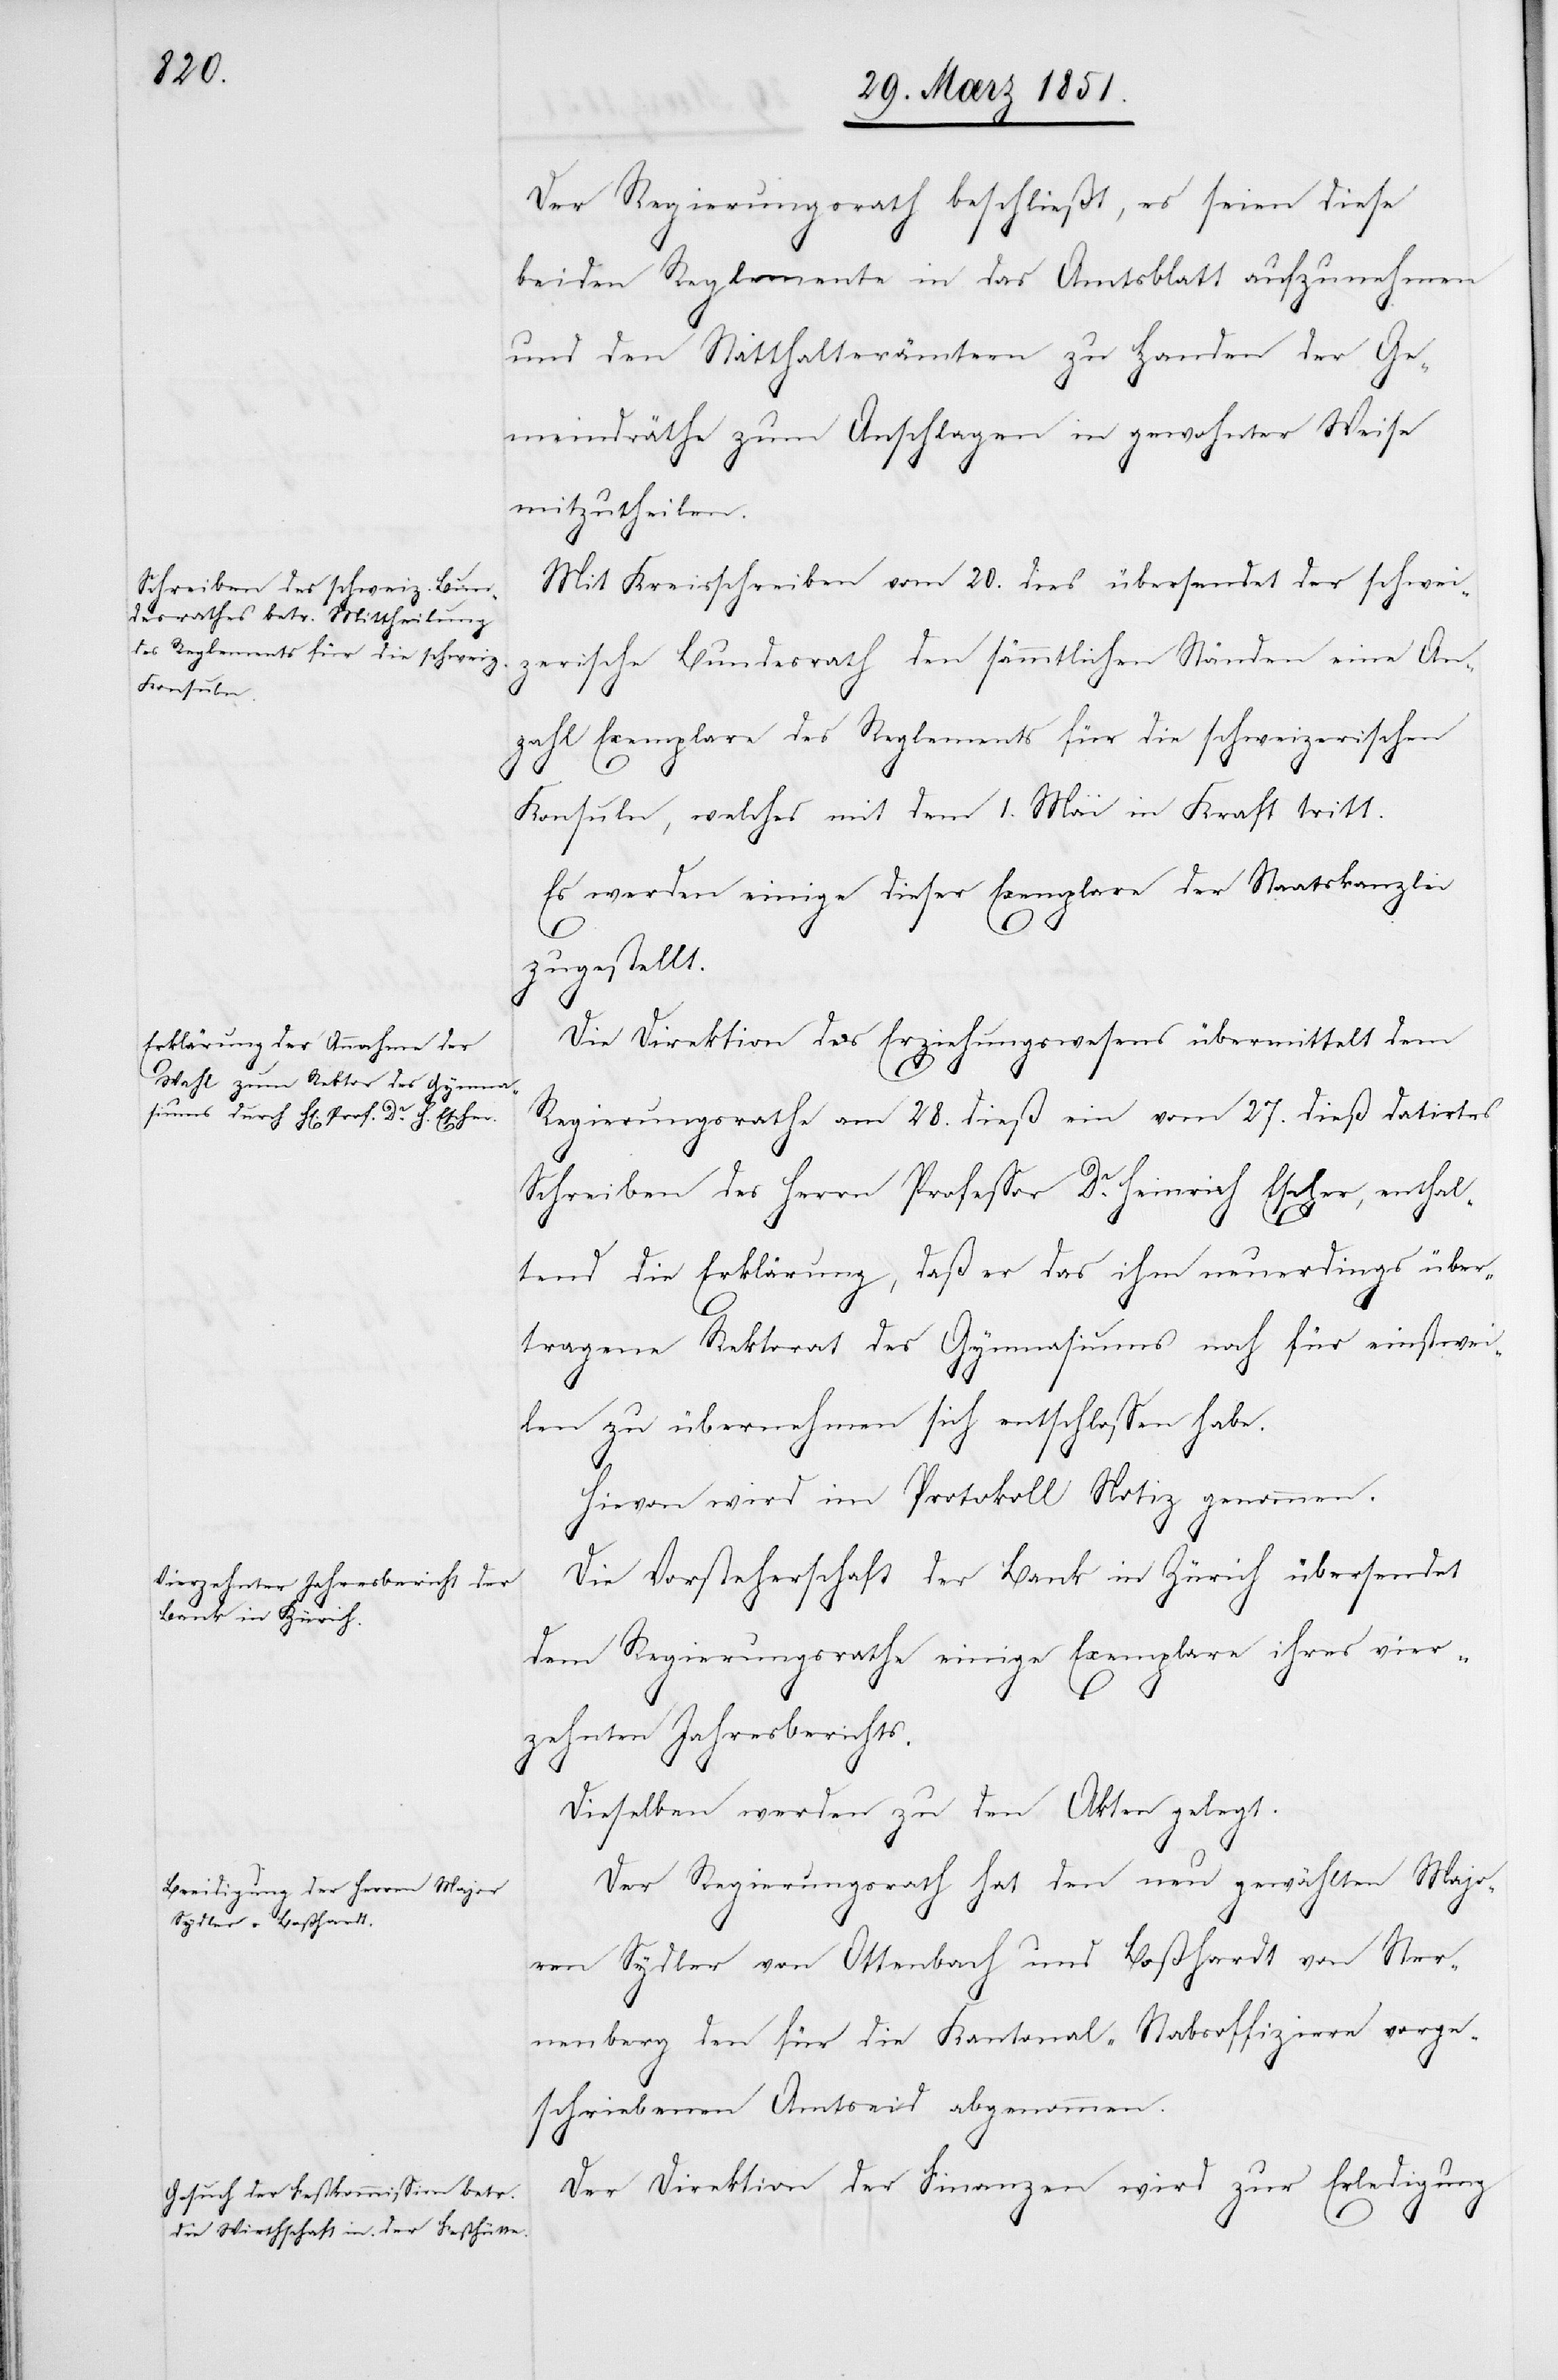
Der Regierungsrath beschließt, es seien diese
beiden Reglemente in das Amtsblatt aufzunehmen
und den Statthalterämtern zu Handen der Ge¬
meindräthe zum Anschlagen in gewohnter Weise
mitzutheilen.
Mit Kreisschreiben vom 20. dies[s] übersendet der schwei¬
zerische Bundesrath den sämmtlichen Ständen eine An¬
zahl Exemplare des Reglements für die schweizerischen
Konsuln, welches mit dem 1. Mai in Kraft tritt.
Es werden einige dieser Exemplare der Staatskanzlei
zugestellt.
Die Direktion des Erziehungswesens übermittelt dem
Regierungsrathe am 28. dieß ein vom 27. dieß datirtes
Schreiben des Herrn Professor Dr. Heinrich Escher, enthal¬
tend die Erklärung, daß er das ihm neuerdings über¬
tragene Rektorat des Gymnasiums noch für einstwei¬
len zu übernehmen sich entschlossen habe.
Hievon wird im Protokoll Notiz genommen.
Die Vorsteherschaft der Bank in Zürich übersendet
dem Regierungsrathe einige Exemplare ihres vier¬
zehnten Jahresberichts.
Dieselben werden zu den Akten gelegt.
Der Regierungsrath hat den neu gewählten Majo¬
ren Sydler von Ottenbach und Boßhardt von Ster¬
nenberg den für die Kantonal-Stabsoffiziere vorge¬
schriebenen Amtseid abgenommen.
Der Direktion der Finanzen wird zur Erledigung